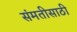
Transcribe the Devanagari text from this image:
संमतीसाठी